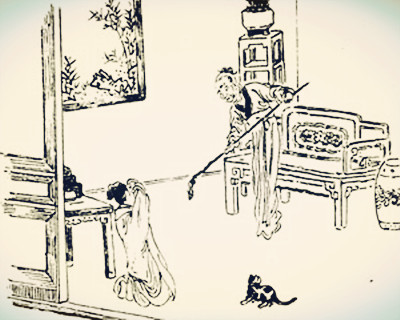
杖剑对尊酒，耻为游子颜。